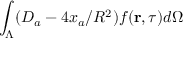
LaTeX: \int _ { \Lambda } ( D _ { a } - 4 x _ { a } / R ^ { 2 } ) f ( { \bf r } , \tau ) d \Omega